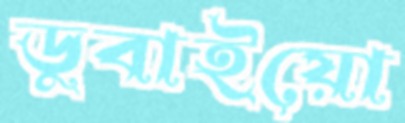
ডুবাইয়ো